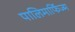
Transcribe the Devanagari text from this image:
पालिमार्फिज्म